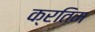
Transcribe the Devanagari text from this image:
क्रतिम